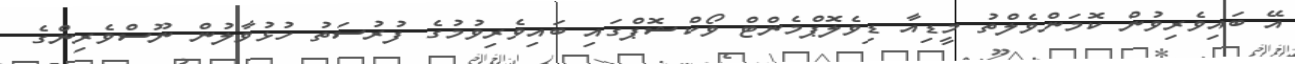
އޭ ބައިވެރިވުން ކޮމަންވެލްތު މީޑިއާ ޑިވެލޮޕްމެންޓް ވޯކްޝޮޕްގައި ބައިވެރިވުމުގެ ފުރުސަތު ހުޅުވާލުން ނޫސްވެރިންގެ